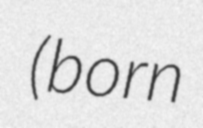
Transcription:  (born